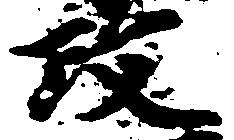
政